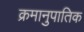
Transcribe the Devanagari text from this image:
क्रमानुपातिक